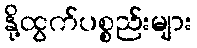
နို့ထွက်ပစ္စည်းများ